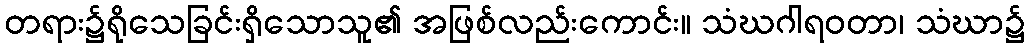
တရား၌ရိုသေခြင်းရှိသောသူ၏ အဖြစ်လည်းကောင်း။ သံဃဂါရဝတာ၊ သံဃာ၌